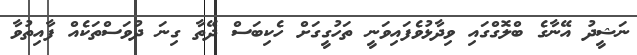
ނަޝީދު އޭނާގެ ބްލޮގްގައި ވިދާޅުވެފައިވަނީ ތަހުގީގަށް ހެކިބަސް ދޭތާ ގިނަ ދުވަސްތަކެއް ފާއިތުވާ